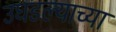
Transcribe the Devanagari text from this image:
उघडल्याच्या